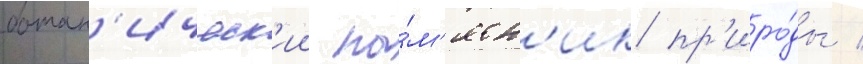
ботан'ическ'ии па́м'ятн'ик пр'иро́ды /